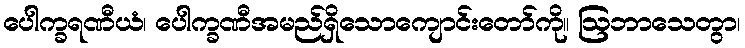
ပေါက္ခရဏီယံ၊ ပေါက္ခဏီအမည်ရှိသောကျောင်းတော်ကို။ ဩဘာသေတွာ၊